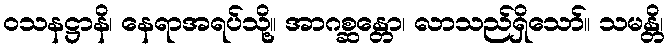
ဝသနဋ္ဌာနိ၊ နေရာအရပ်သို့။ အာဂစ္ဆန္တော၊ လာသည်ရှိသော်။ သမန္တိ၊